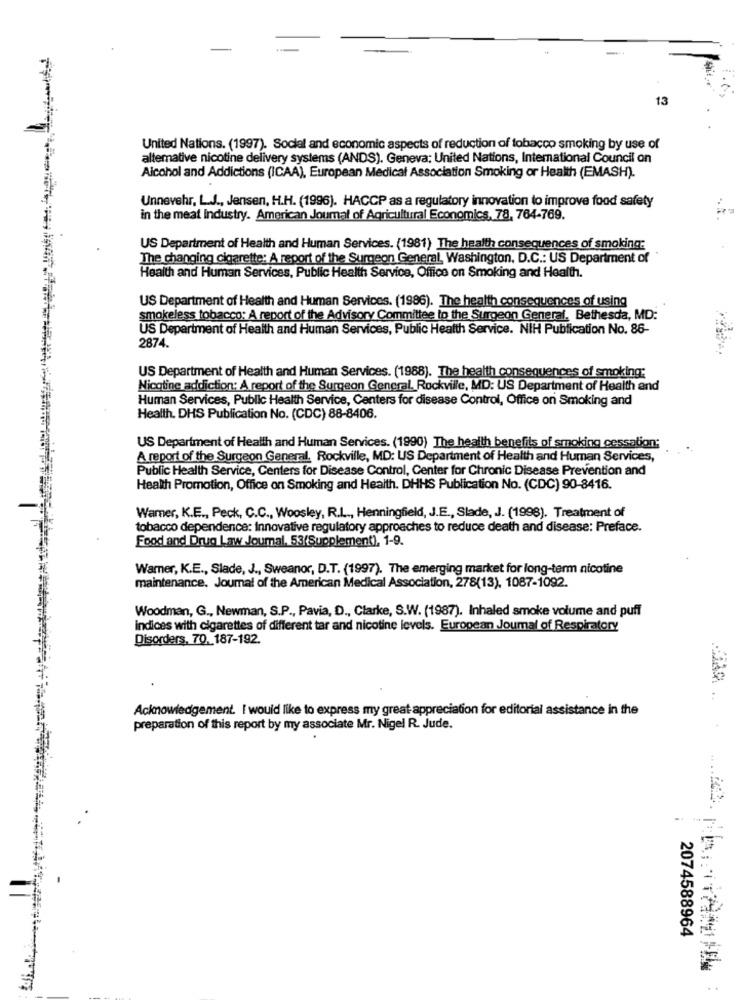
13
United Nations. (1997). Social and economic aspects of reduction of tobacco smoking by use of
altemative nicotine delivery systems (ANDS). Geneva: United Nations, International Council on
Alcohol and Addictions (ICAA), European Medical Association Smoking or Health (EMASH).
Unnevehr, L.J ., Jensen, H.H. (1996). HACCP as a regulatory innovation to improve food safety
in the meat Industry. American Journal of Agricultural Economics, 78, 764-769.
US Department of Health and Human Services. (1981) The health consequences of smoking:
The changing cigarette: A report of the Surgeon General, Washington, D.C .: US Department of
Health and Human Services, Public Health Service, Office on Smoking and Health.
US Department of Health and Human Services. (1986). The health consequences of using
smokeless tobacco: A report of the Advisory Committee to the Surgeon General. Bethesda, MD:
US Department of Health and Human Services, Public Health Service. NIH Publication No. 86-
2874.
US Department of Health and Human Services. (1988). The health consequences of smoking:
Nicotine addiction: A report of the Surgeon General. Rockville, MD: US Department of Health and
Human Services, Public Health Service, Centers for disease Control, Office on Smoking and
Health. DHS Publication No. (CDC) 88-8406.
US Department of Health and Human Services. (1990) The health benefits of smoking cessation;
A report of the Surgeon General, Rockville, MD: US Department of Health and Human Services,
Public Health Service, Centers for Disease Control, Center for Chronic Disease Prevention and
Health Promotion, Office on Smoking and Health. DHHS Publication No. (CDC) 90-8416.
Wamer, K.E ., Peck, C.C ., Woosley, R.L ., Henningfield, J.E ., Slade, J. (1998). Treatment of
tobacco dependence: Innovative regulatory approaches to reduce death and disease: Preface.
Food and Drug Law Journal, 53(Supplement), 1-9.
Warner, K.E ., Slade, J ., Sweanor, D.T. (1997). The emerging market for long-term nicotine
maintenance. Journal of the American Medical Association, 278(13), 1087-1092.
Woodman, G ., Newman, S.P ., Pavia, D ., Clarke, S.W. (1987). Inhaled smoke volume and puff
indices with cigarettes of different tar and nicotine levels. European Journal of Respiratory
Disorders. 70, 187-192.
Acknowledgement. I would like to express my great appreciation for editorial assistance in the
preparation of this report by my associate Mr. Nigel R. Jude.
.. ...
2074588964